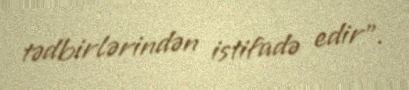
tədbirlərindən istifadə edir”.